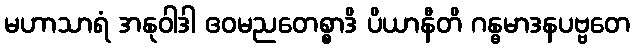
မဟာသာရံ အနုဝါဒါ ဧဝမညတေစ္စာဒိ ပိယာနီတိ ဂန္ဓမာဒနပဗ္ဗတေ